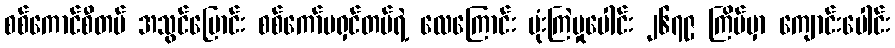
စစ်ကောင်စီတပ် အသွင်ပြောင်း စစ်ကော်မရှင်တပ်ရဲ့ လေကြောင်း ဗုံးကြဲမှုပေါင်း ၂၆၇၉ ကြိမ်မှာ ကျောင်းပေါင်း